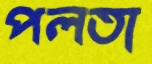
পলতা